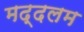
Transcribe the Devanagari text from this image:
मद्दलम